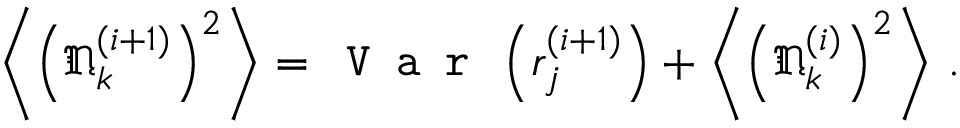
\left\langle \left( \mathfrak { N } _ { k } ^ { ( i + 1 ) } \right) ^ { 2 } \right\rangle = \texttt { V a r } \left( r _ { j } ^ { ( i + 1 ) } \right) + \left\langle \left( \mathfrak { N } _ { k } ^ { ( i ) } \right) ^ { 2 } \right\rangle \, .